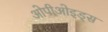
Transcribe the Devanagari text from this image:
ओपीओइड्स